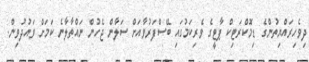
ދިވެހިރައްޔިތުންގެ ޑިމޮކްރަޓިކް ޕާޓީގެ ވެރިކަމުގައި ބޭސްފަރުވާއަށް ސަލާން ޖެހުން ނައްތާލާނެ ކަމަށް ވައުދުވިން.